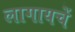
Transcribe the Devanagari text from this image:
लागायचें